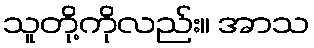
သူတို့ကိုလည်း။ အာသ